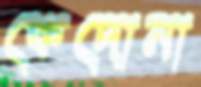
কেদোনা